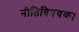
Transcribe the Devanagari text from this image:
नीतिविषयक।